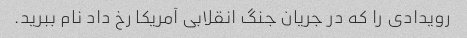
رویدادی را که در جریان جنگ انقلابی آمریکا رخ داد نام ببرید.